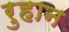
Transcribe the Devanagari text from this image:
रुहान